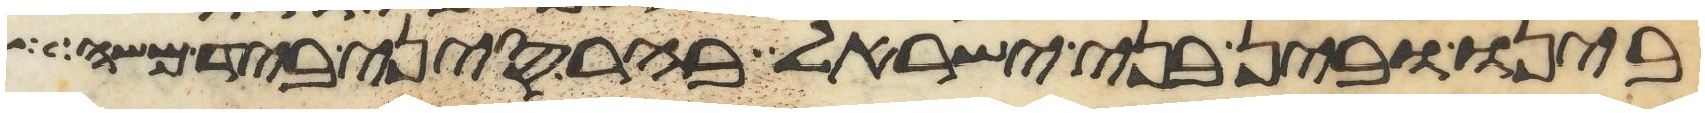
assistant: בינו ובין בני ישראל בהר סיני ביד משה